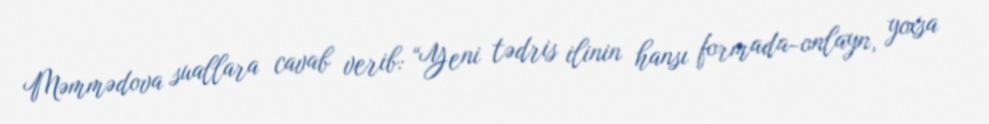
Məmmədova suallara cavab verib: “Yeni tədris ilinin hansı formada-onlayn, yoxsa